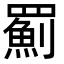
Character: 𦌥